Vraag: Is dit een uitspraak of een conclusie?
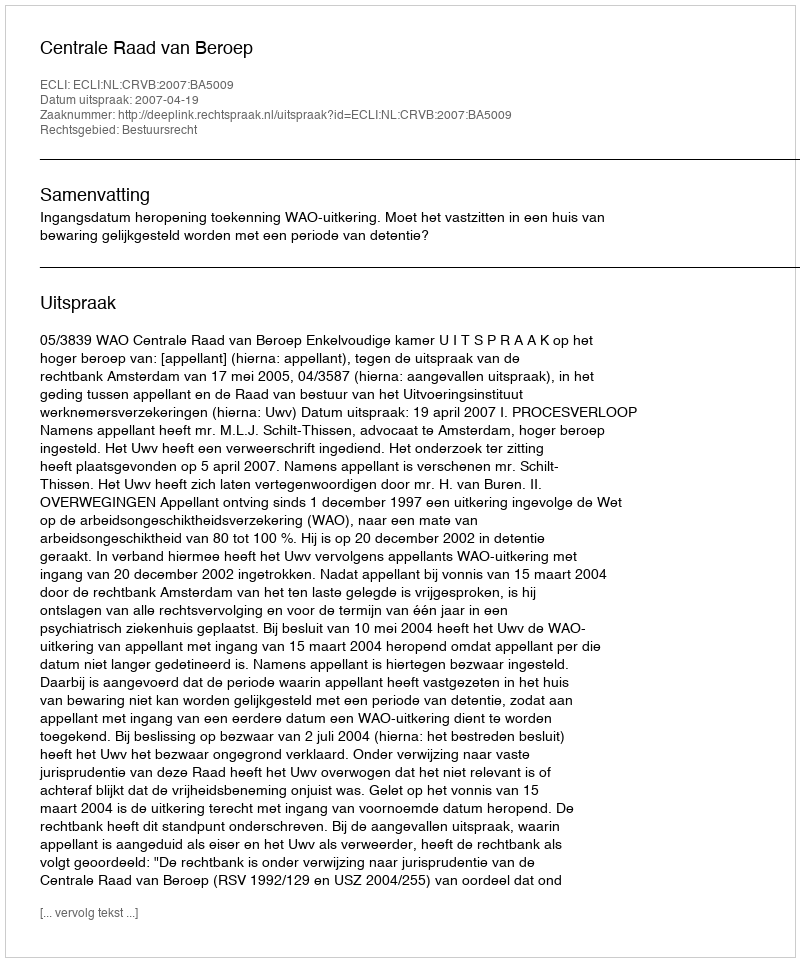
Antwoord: Uitspraak